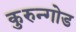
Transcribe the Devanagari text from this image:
कुरुन्गोड